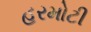
હરમોટી